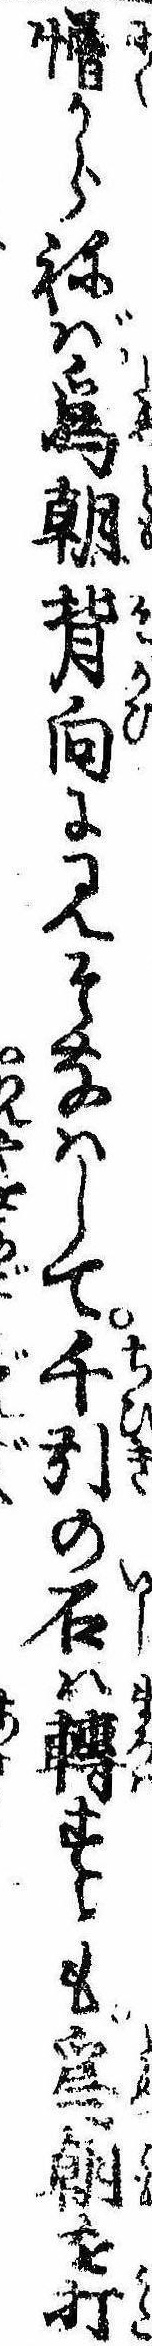
憎からねば為朝背向に見そなはして千引の石は転すとも為朝を打